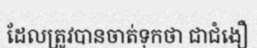
ដែលត្រូវបានចាត់ទុកថា ជាជំងឿ